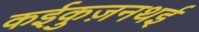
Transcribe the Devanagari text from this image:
कईकुज़नथई